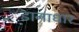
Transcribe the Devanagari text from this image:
डानाधार